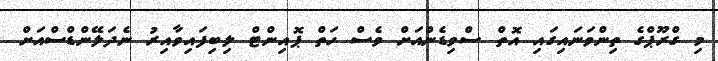
މި ގްރޫޕްގެ ތިންވަނައިގައި އޮތް ސްވިޑެންއަށް ވެސް ހަތް ޕޮއިންޓް ލިބިފައިވާއިރު ނެދަލޭންޑްސްއަށް